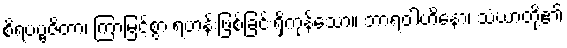
စိရပဗ္ဗဇိတာ၊ ကြာမြင့်စွာ ရဟန်းဖြစ်ခြင်းရှိကုန်သော။ ဘာရဝါဟိနော၊ သံဃာတို့၏